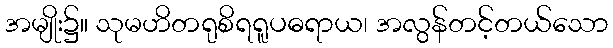
အမျိုး၌။ သုမဟိတရုစိရရူပဓရာယ၊ အလွန်တင့်တယ်သော